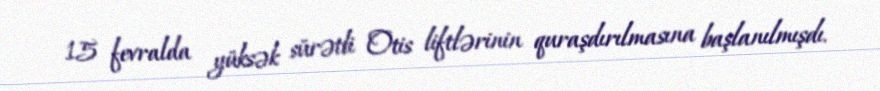
15 fevralda yüksək sürətli Otis liftlərinin quraşdırılmasına başlanılmışdı.